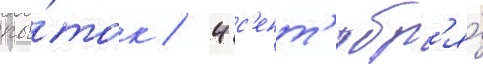
пы́ток / 4 с'ент'ябр'я́